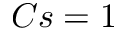
C s = 1